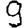
Digit: 9